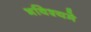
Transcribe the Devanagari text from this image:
भविश्यमे